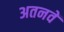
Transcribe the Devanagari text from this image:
अतनवें